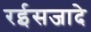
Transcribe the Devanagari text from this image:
रईसजादे